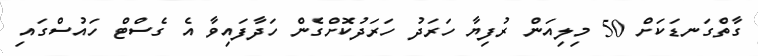
ގާތްގަނޑަކަށް 50 މިލިއަން ރުފިޔާ ހަރަދު ހަރަދުކޮށްގެން ހަދާފައިވާ އެ ގެސްޓް ހައުސްގައި